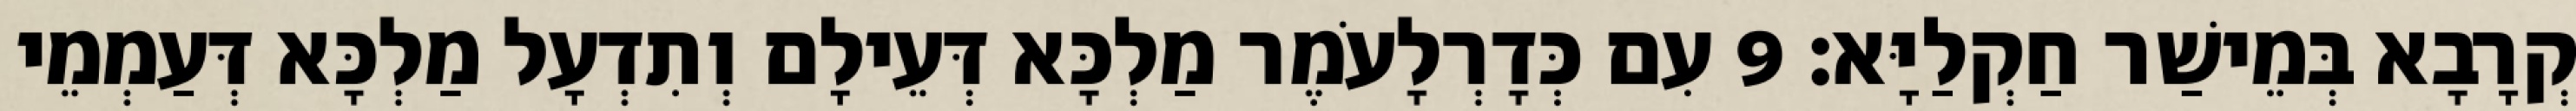
קְרָבָא בְּמֵישַׁר חַקְלַיָּא׃ 9 עִם כְּדָרְלָעֹמֶר מַלְכָּא דְּעֵילָם וְתִדְעָל מַלְכָּא דְּעַמְמֵי